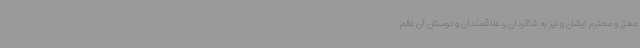
معزز و محترم ایشان و نیز به شاگردان و علاقمندان و دوستان آن عالم